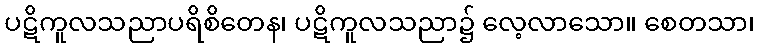
ပဋိကူလသညာပရိစိတေန၊ ပဋိကူလသညာ၌ လေ့လာသော။ စေတသာ၊